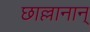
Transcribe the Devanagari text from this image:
छाल्लानान्